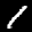
Digit: 1